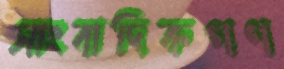
সাংবাদিকগণ